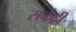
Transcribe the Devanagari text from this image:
सकंदी